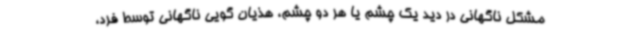
مشکل ناگهانی در دید یک چشم یا هر دو چشم، هذیان گویی ناگهانی توسط فرد،